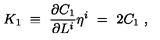
K _ { 1 } \ \equiv \ \frac { \partial C _ { 1 } } { \partial L ^ { i } } \eta ^ { i } \ = \ 2 C _ { 1 } \ ,